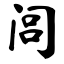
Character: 闾